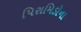
પિરામિડોના